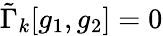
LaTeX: \tilde{\Gamma}_{k}[g_{1},g_{2}]=0